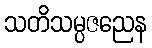
သတိသမ္ပဇညေန